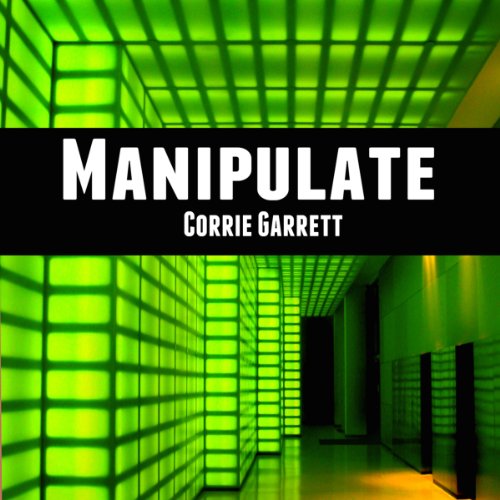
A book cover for Manipulate: Alien Cadets; Corrie Garrett; Christian Books & Bibles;